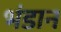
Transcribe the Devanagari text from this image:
भंडान